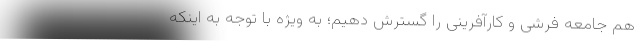
هم جامعه فرشی و کارآفرینی را گسترش دهیم؛ به ویژه با توجه به اینکه